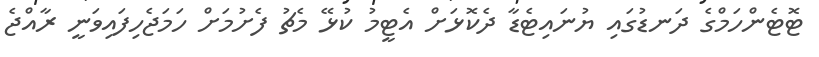
ޓޮޓެންހަމްގެ ދަނޑުގައި ޔުނައިޓެޑާ ދެކޮޅަށް އެޓީމު ކުޅޭ މެޗު ފެށުމަށް ހަމަޖެހިފައިވަނީ ރާއްޖެ